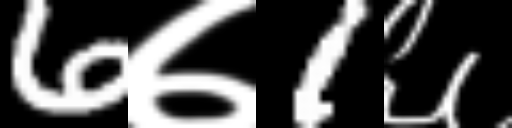
Text: 6७1६